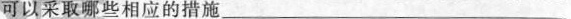
可以采取哪些相应的措施_______________